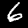
Label: 6